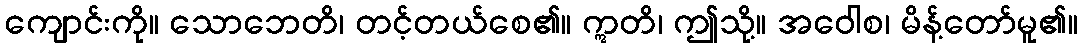
ကျောင်းကို။ သောဘေတိ၊ တင့်တယ်စေ၏။ ဣတိ၊ ဤသို့။ အဝေါစ၊ မိန့်တော်မူ၏။